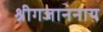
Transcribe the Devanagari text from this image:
श्रीगजाननाय